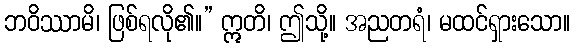
ဘဝိဿာမိ၊ ဖြစ်ရလို၏။” ဣတိ၊ ဤသို့။ အညတရံ၊ မထင်ရှားသော။